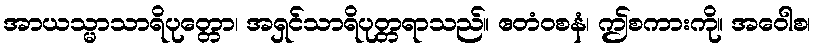
အာယသ္မာသာရိပုတ္တော၊ အရှင်သာရိပုတ္တရာသည်။ ဧတံဝစနံ၊ ဤစကားကို။ အဝေါစ၊